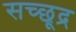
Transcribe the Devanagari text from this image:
सच्छूद्र